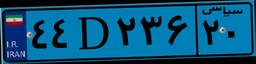
۸۵D۲۲۲۶۰